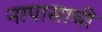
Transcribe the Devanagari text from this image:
नापासाची